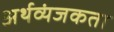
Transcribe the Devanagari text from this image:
अर्थव्यंजकता